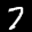
Label: 7